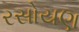
રસોયણ